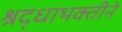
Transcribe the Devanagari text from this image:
श्रद्धाभक्तीने